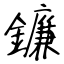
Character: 鐮